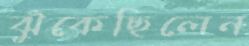
ঝুঁকেছিলেন